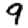
Digit: 9